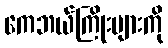
ကေဘယ်ကြိုးများကို